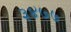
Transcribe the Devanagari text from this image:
३४७७